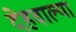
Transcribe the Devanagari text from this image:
देहवाल्या